Annual administration report of the Civil Veterinary Department, Ajmere-Merwara, British Rajputana - 1914-1940
Year: 1914
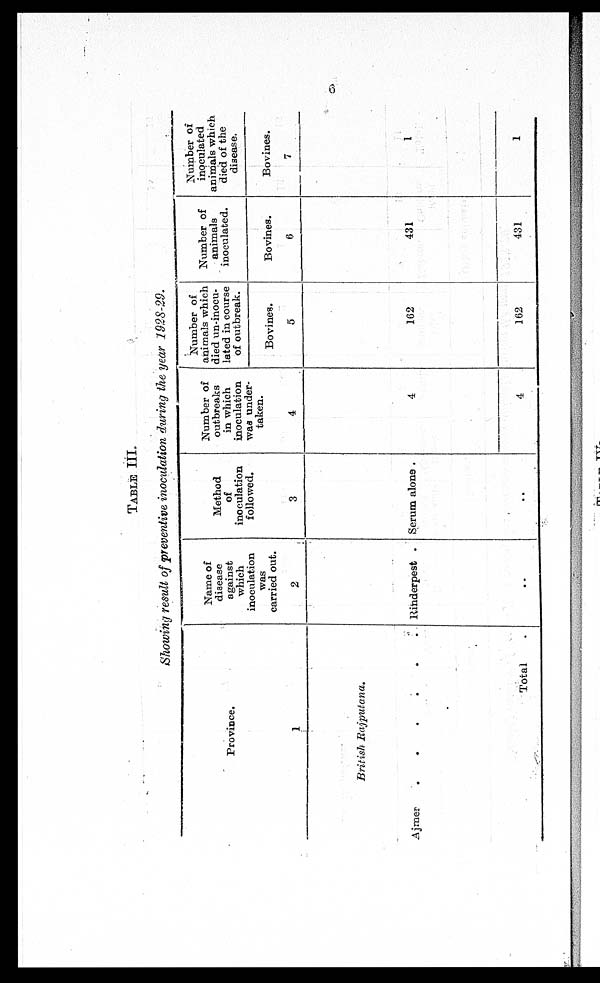
6
TABLE III.
Showing result of preventive inoculation during the year 1928-29.
Province.
1
British
Rajputana.
Ajmer
.
.
.
.
.
.
Total .
Name of
disease
against
which
inoculation
was
carried out.
2
Rinderpest
..
Method
of
inoculation
followed.
3
Serum alons .
Number of
outbreaks
in which
inoculation
taken.
4
4
4
Number of
animals which
died un-inocu-
lated in course
of outbreak.
Bovines.
5
162
162
Number of
animals
inoculated.
Bovines.
6
431
431
Number of
inoculated
animals which
died of the
disease.
Bovines.
7
1
1